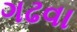
ગઢવા